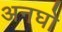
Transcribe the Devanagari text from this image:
अनघो